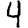
Digit: 4